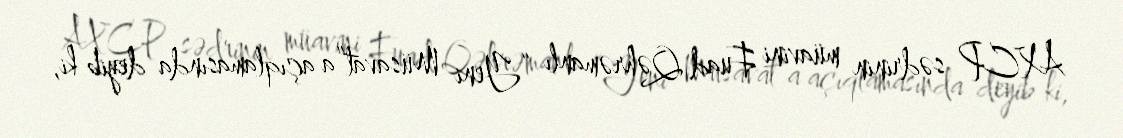
AXCP sədrinin müavini Fuad Qəhrəmanlı “Yeni Müsavat”a açıqlamasında deyib ki,